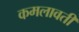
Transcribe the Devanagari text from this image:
कमलावती